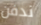
ندفن